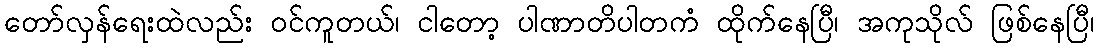
တော်လှန်ရေးထဲလည်း ဝင်ကူတယ်၊ ငါတော့ ပါဏာတိပါတကံ ထိုက်နေပြီ၊ အကုသိုလ် ဖြစ်နေပြီ၊